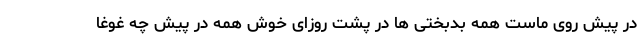
در پیش روی ماست همه بدبختی ها در پشت روزای خوش همه در پیش چه غوغا